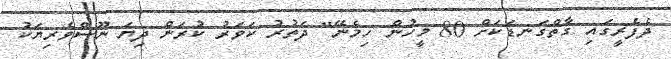
ދެފެރީގައި ގާތްގަނޑަކަށް 80 މީހުން ހިމެނޭ" ދަތުރު ކަވަރު ކުރަން ދިޔަ ނޫސްވެރިޔަކު